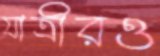
যাত্রীরও